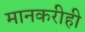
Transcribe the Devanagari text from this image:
मानकरीही